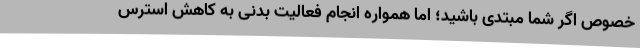
خصوص اگر شما مبتدی باشید؛ اما همواره انجام فعالیت بدنی به کاهش استرس